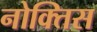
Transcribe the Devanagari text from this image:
नोक्तिस